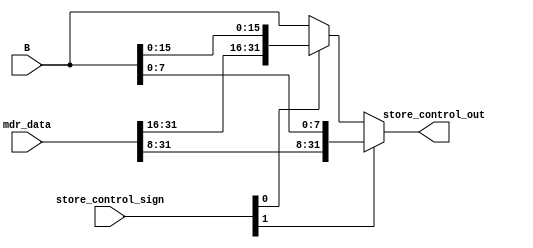
module F_store_control(
    input   wire [1:0]  store_control_sign,
    input   wire [31:0] B,        // Menos significativos
    input   wire [31:0] mdr_data, // Pega os mais significativos
    output  wire [31:0] store_control_out
);

    wire [31:0] SWH;

    assign SWH = (store_control_sign[0]) ? {mdr_data[31:16], B[15:0]} : B;
    assign store_control_out = (store_control_sign[1]) ? {mdr_data[31:8], B[7:0]} : SWH;
endmodule